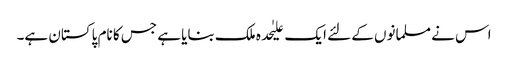
اس نے مسلمانوں کے لئے ایک علیٰحدہ ملک بنایا ہے جس کا نام پاکستان ہے۔